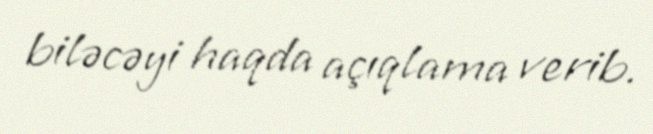
biləcəyi haqda açıqlama verib.